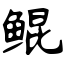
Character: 鲲